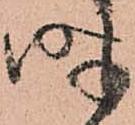
時